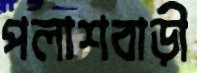
পলাশবাড়ী